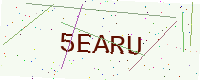
Text: 5EARU